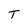
Character: T